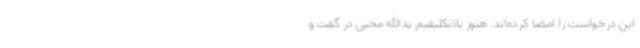
این درخواست را امضا کرده‌اند. هنوز بلاتکلیفیم یدالله محبی در گفت و